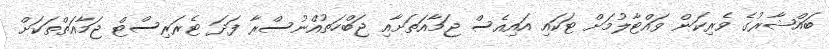
ބައްޝާރުގެ ވެރިކަން ވައްޓާލުމަށް ޓަކައި އައިއެސް ޖަމާއަތަށާއި ޖަބްހަތުއްނުސްރާ ފަދަ ޓެރަރިސްޓް ޖަމާއަތްތަކަށް